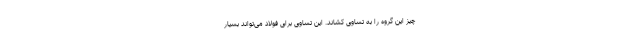
چیز این گروه را به تساوی کشاند. این تساوی برای فولاد می‌تواند بسیار